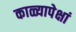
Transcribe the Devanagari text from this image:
काळ्यापेक्षां